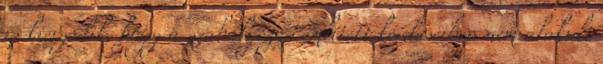
is kiérződik, hogy a szabályozás említett kérdéseiben nem alakult